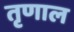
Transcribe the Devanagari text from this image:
तृणाल